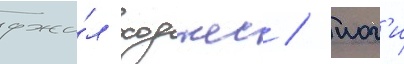
джи́л ходжес / иог'и